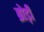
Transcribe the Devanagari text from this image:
ब्रोड़ी